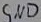
Text: GND